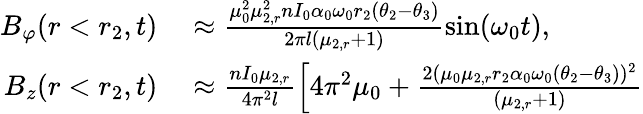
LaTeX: \begin{array}{rl}{B_{\varphi}(r<r_{2},t)}&{{}\approx\frac{\mu_{0}^{2}\mu_{2,r}^{2}nI_{0}\alpha_{0}\omega_{0}r_{2}(\theta_{2}-\theta_{3})}{2\pi l(\mu_{2,r}+1)}\sin(\omega_{0}t),}\\ {B_{z}(r<r_{2},t)}&{{}\approx\frac{nI_{0}\mu_{2,r}}{4\pi^{2}l}\Big[4\pi^{2}\mu_{0}+\frac{2(\mu_{0}\mu_{2,r}r_{2}\alpha_{0}\omega_{0}(\theta_{2}-\theta_{3}))^{2}}{(\mu_{2,r}+1)}}\end{array}